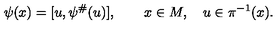
\psi ( x ) = [ u , \psi ^ { \# } ( u ) ] , \qquad x \in M , \quad u \in \pi ^ { - 1 } ( x ) .